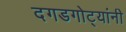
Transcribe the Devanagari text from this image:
दगडगोट्यांनी